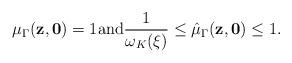
LaTeX: \begin{align*} \mu_{\Gamma} ( \mathbf{z}, \mathbf{0} ) = 1\textrm{and}\frac{1}{\omega_K (\xi)} \leq \hat{\mu}_{\Gamma} ( \mathbf{z}, \mathbf{0} ) \leq 1. \end{align*}